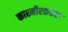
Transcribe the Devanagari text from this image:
काश्मीरकडचा